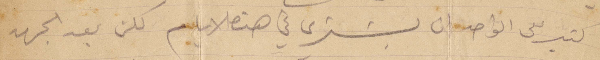
كتير على الواحد ان يشتري في هذه الأيام كلن بعد الجهد